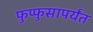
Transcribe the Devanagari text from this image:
फुप्फुसापर्यंत